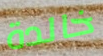
خالدة